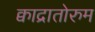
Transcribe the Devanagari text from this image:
क्वाद्रातोरुम